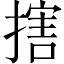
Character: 搳